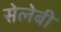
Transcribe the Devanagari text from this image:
सेलेबी